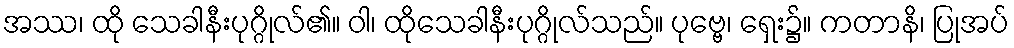
အဿ၊ ထို သေခါနီးပုဂ္ဂိုလ်၏။ ဝါ၊ ထိုသေခါနီးပုဂ္ဂိုလ်သည်။ ပုဗ္ဗေ၊ ရှေး၌။ ကတာနိ၊ ပြုအပ်